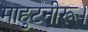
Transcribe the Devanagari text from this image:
माहुटनीरू।